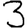
Digit: 3